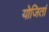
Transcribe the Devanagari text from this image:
योजितां